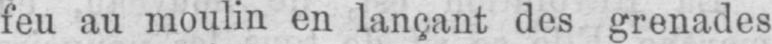
feu au moulin en lançant des grenades